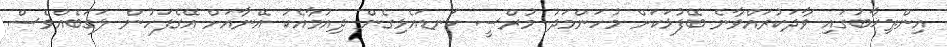
އިންތިޚާބުގައި ވާދަކުރައްވާނެ ބޭފުޅަކަށް މުހަންމަދު މުރްސީ ކަނޑައެޅިގެން ދިއުމާއެކު އޭނާއަށް އޭގެފަހުން ލަގަބެއްވެސް